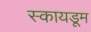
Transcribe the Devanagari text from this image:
स्कायडूम